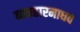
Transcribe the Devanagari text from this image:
व्यवहारमाधव